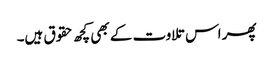
پھر اس تلاوت کے بھی کچھ حقوق ہیں۔